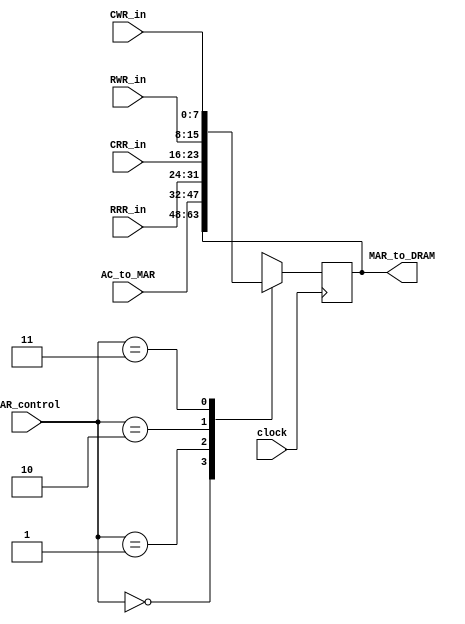
module MAR(input [15:0] AC_to_MAR,
		   input [7:0] RRR_in,
		   input [7:0] CRR_in,
		   input [7:0] RWR_in,
		   input [7:0] CWR_in,
		   input clock,
		   input [1:0] MAR_control,
		   output wire [15:0] MAR_to_DRAM);
			  
reg [15:0] MAR;
assign MAR_to_DRAM = MAR;
			  
always@(posedge clock)
begin
	case(MAR_control)
	2'b00:
		begin
			MAR <= MAR;
		end
	2'b01:
		begin
			MAR <= AC_to_MAR;
		end
	2'b10:
		begin
			MAR <= {RRR_in,CRR_in};
		end
	2'b11:
		begin
			MAR <= {RWR_in,CWR_in};
		end
	default:
		begin
			MAR <= MAR;
		end
	endcase
end
			  			  
endmodule